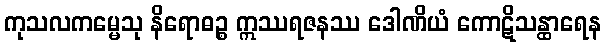
ကုသလကမ္မေသု နိရောဓဉ္စ ဣဿရဇနဿ ဒေါဏိယံ ကောဋိသန္ထာရေန